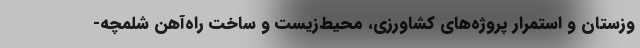
وزستان و استمرار پروژه‌های کشاورزی، محیط‌زیست و ساخت راه‌آهن شلمچه-